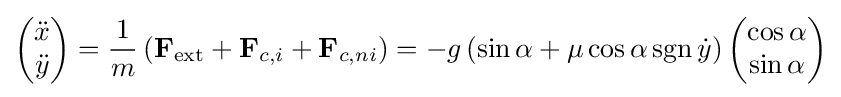
{\begin{pmatrix}{\ddot {x}}\\{\ddot {y}}\end{pmatrix}}={\frac {1}{m}}\left(\mathbf {F} _{\text{ext}}+\mathbf {F} _{c,i}+\mathbf {F} _{c,ni}\right)=-g\left(\sin \alpha +\mu \cos \alpha \operatorname {sgn} {\dot {y}}\right){\begin{pmatrix}\cos \alpha \\\sin \alpha \end{pmatrix}}